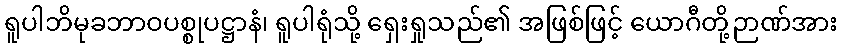
ရူပါဘိမုခဘာဝပစ္စုပဋ္ဌာနံ၊ ရူပါရုံသို့ ရှေးရှုသည်၏ အဖြစ်ဖြင့် ယောဂီတို့ဉာဏ်အား